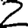
Digit: 2